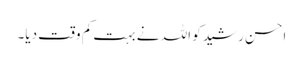
احسن رشید کو اللہ نے بہت کم وقت دیا۔